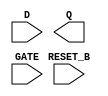
/**
 * Copyright 2020 The SkyWater PDK Authors
 *
 * Licensed under the Apache License, Version 2.0 (the "License");
 * you may not use this file except in compliance with the License.
 * You may obtain a copy of the License at
 *
 *     https://www.apache.org/licenses/LICENSE-2.0
 *
 * Unless required by applicable law or agreed to in writing, software
 * distributed under the License is distributed on an "AS IS" BASIS,
 * WITHOUT WARRANTIES OR CONDITIONS OF ANY KIND, either express or implied.
 * See the License for the specific language governing permissions and
 * limitations under the License.
 *
 * SPDX-License-Identifier: Apache-2.0
 */

`ifndef SKY130_FD_SC_HS__DLRTP_SYMBOL_V
`define SKY130_FD_SC_HS__DLRTP_SYMBOL_V

/**
 * dlrtp: Delay latch, inverted reset, non-inverted enable,
 *        single output.
 *
 * Verilog stub (without power pins) for graphical symbol definition
 * generation.
 *
 * WARNING: This file is autogenerated, do not modify directly!
 */

`timescale 1ns / 1ps
`default_nettype none

(* blackbox *)
module sky130_fd_sc_hs__dlrtp (
    //# {{data|Data Signals}}
    input  D      ,
    output Q      ,

    //# {{control|Control Signals}}
    input  RESET_B,

    //# {{clocks|Clocking}}
    input  GATE
);

    // Voltage supply signals
    supply1 VPWR;
    supply0 VGND;

endmodule

`default_nettype wire
`endif  // SKY130_FD_SC_HS__DLRTP_SYMBOL_V